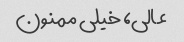
عالی، خیلی ممنون